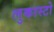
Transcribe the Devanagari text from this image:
लुकास्टो